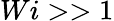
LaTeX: Wi>>1